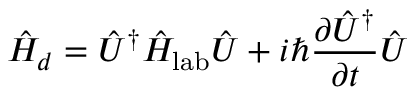
\hat { H } _ { d } = \hat { U } ^ { \dagger } \hat { H } _ { \mathrm { l a b } } \hat { U } + i \hbar \frac { \partial \hat { U } ^ { \dagger } } { \partial t } \hat { U }